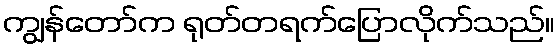
ကျွန်တော်က ရုတ်တရက်ပြောလိုက်သည်။